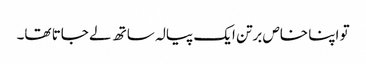
تو اپنا خاص برتن ایک پیالہ ساتھ لے جاتا تھا۔